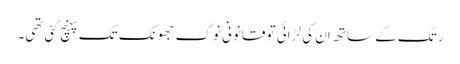
رتک کے ساتھ ان کی لڑائی تو قانونی نوک جھونک تک پہنچ گئی تھی۔